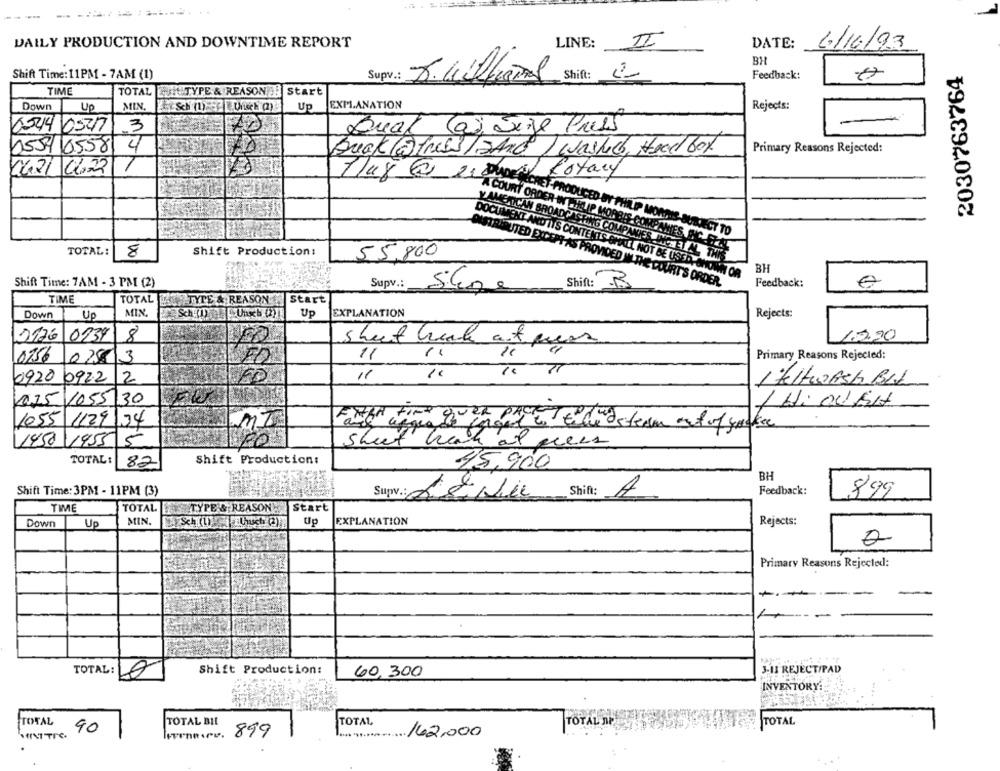
DAILY PRODUCTION AND DOWNTIME REPORT
LINE:
II
DATE:
6/16/93
BH
2030763764
Shift Time: 11PM - 7AM (1)
Supv .: J. Witharal
Shift :
Feedback:
TIME
TOTAL
EUH TYPE & REASON ! Start
Down
Up
MIN
Up
EXPLANATION
Rejects:
0544 05217
3
(a) Sege Press
Dual
0559 65581
4
Buck (@frees/AndI Washid, Head box
Primary Reasons Rejected:
04.21 C122
Plus@ 21 sus Rotary
A COVALICHE-PRODUCED BY PHILIP MORRIS
DOCUMENTA
IS C
SUBJECT TO
REPUTED E
RY ORDER-IN PHILIP MORRIS COMPANIES, SI. ..
TOTAL:
8
Shift Production:
55,800
AMERICAN BROADCASTING COMPANIES INTHE AL THE
BH
ALL NOT BE USED.SHOWN OR
Shift Time: 7AM - 3 PM (2)
MLTHE COURT'S ORDER.
Feedback:
Supv .: Store
Shift: 3
TIME
TOTAL
TYTE & REASON
Start
Down
Up
MIN.
Up
EXPLANATION
Rejects:
2126 0234
8
1.5.20
sheet head and press
ri
0256
028 3
11
Primary Reasons Rejected:
2
11
0920 0922
FO
1 KlWASH BALL
025 1055 30
1 Hi OUBA
1055 1129
104
MI
1450 1955
5
Sheet hack at gens
TOTAL:
Shift Production:
82
45,900
BH
Shift Time: 3PM - 11PM (3)
Supv .: L& Nie Shift: A
Feedback:
899
TIME
TOTAL THISTYPE & REASON
Start
Down
Up
MIN.
Up
EXPLANATION
Rejects:
0
Primary Reasons Rejected:
TOTAL:
Shift Production:
3-13 REJECT/PAD
60, 300
INVENTORY:
TOTAL
TOTAL BIL
TOTAL
TOTAL AP
TOTAL
90
MEINTTIC.
899
... 162,000